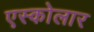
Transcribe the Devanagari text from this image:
एस्कोलार